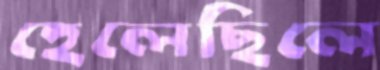
হেলেছিলে